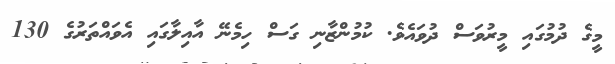
މީގެ ދުމުގައި މީރުވަސް ދުވައެވެ. ކުމުންޒާނި ގަސް ހިމެނޭ އާއިލާގައި އެވައްތަރުގެ 130